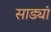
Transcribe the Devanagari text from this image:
साड्यां